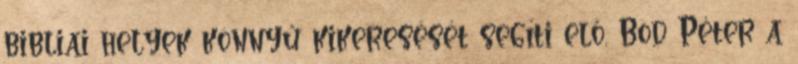
bibliai helyek könnyű kikeresését segíti elő, Bod Péter a